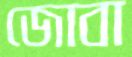
জোবা